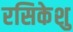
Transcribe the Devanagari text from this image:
रसिकेशु